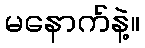
မနောက်နဲ့။